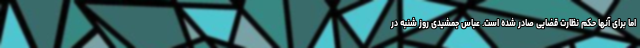
اما برای آنها حکم نظارت قضایی صادر شده است. عباس جمشیدی روز شنبه در